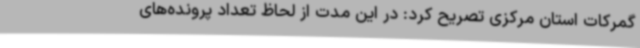
گمرکات استان مرکزی تصریح کرد: در این مدت از لحاظ تعداد پرونده‌های